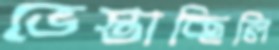
ভেস্তাচ্ছিলি